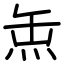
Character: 缹